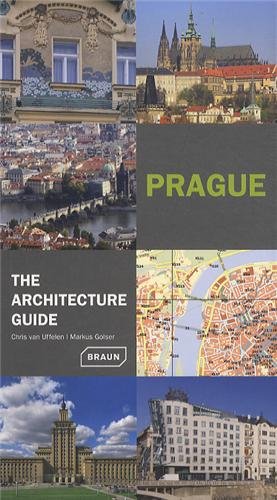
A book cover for Prague - The Architecture Guide (Architecture Guides); Chris van Uffelen; Travel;